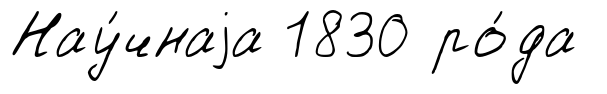
Нау́чнаjа 1830 ро́да